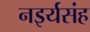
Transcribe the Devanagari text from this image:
नइर्यसंह